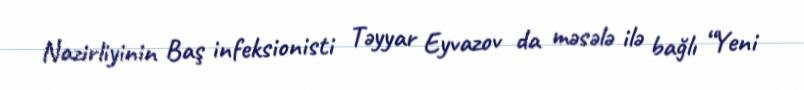
Nazirliyinin Baş infeksionisti Təyyar Eyvazov da məsələ ilə bağlı “Yeni